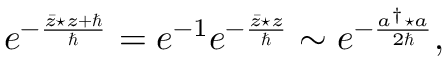
e ^ { - \frac { \bar { z } \star z + \hbar } { \hbar } } = e ^ { - 1 } e ^ { - \frac { \bar { z } \star z } { \hbar } } \sim e ^ { - \frac { a ^ { \dagger } \star a } { 2 \hbar } } ,